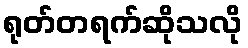
ရုတ်တရက်ဆိုသလို